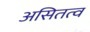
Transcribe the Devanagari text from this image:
असितत्व